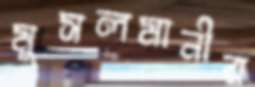
মুসলমানীর